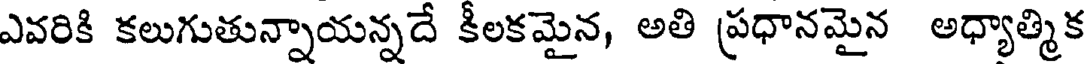
ఎవరికి కలుగుతున్నాయన్నదే కీలకమైన, అతి ప్రధానమైన అధ్యాత్మిక